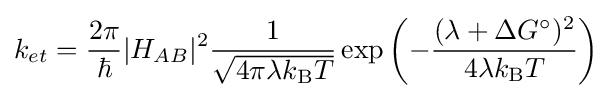
k_{et}={\frac {2\pi }{\hbar }}|H_{AB}|^{2}{\frac {1}{\sqrt {4\pi \lambda k_{\rm {B}}T}}}\exp \left(-{\frac {(\lambda +\Delta G^{\circ })^{2}}{4\lambda k_{\rm {B}}T}}\right)